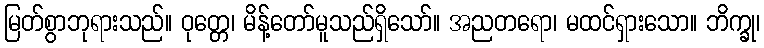
မြတ်စွာဘုရားသည်။ ဝုတ္တေ၊ မိန့်တော်မူသည်ရှိသော်။ အညတရော၊ မထင်ရှားသော။ ဘိက္ခု၊